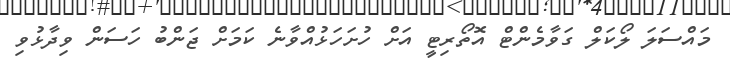
މައްސަލަ ލޯކަލް ގަވާމެންޓް އޮތޯރިޓީ އަށް ހުށަހަޅުއްވާނެ ކަމަށް ޖަންބު ހަސަން ވިދާޅުވި